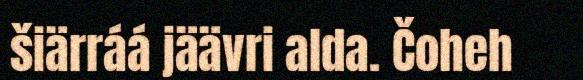
šiärráá jäävri alda. Čoheh